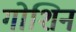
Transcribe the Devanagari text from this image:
गोशिन